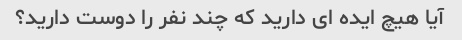
آیا هیچ ایده ای دارید که چند نفر را دوست دارید؟